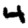
Digit: 4